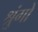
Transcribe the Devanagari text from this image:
श्रुंगों